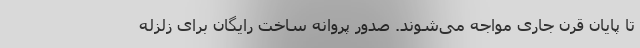
تا پایان قرن جاری مواجه می‌شوند. صدور پروانه ساخت رایگان برای زلزله